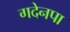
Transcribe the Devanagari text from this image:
गदेनपा